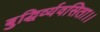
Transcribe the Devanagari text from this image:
बुद्धिर्व्यवसिता।।